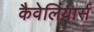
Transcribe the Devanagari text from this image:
कैवेलियार्स